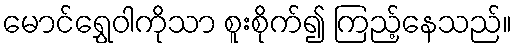
မောင်ရွှေဝါကိုသာ စူးစိုက်၍ ကြည့်နေသည်။